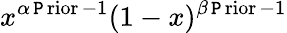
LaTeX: x^{\alpha\operatorname{\mathtt{P}rior}-1}(1-x)^{\beta\operatorname{\mathtt{P}rior}-1}